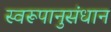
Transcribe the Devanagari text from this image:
स्वरूपानुसंधान